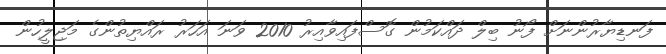
ފަނޑިޔާރުންނަށް ފޯނު ބިލް ދައްކަމުން ގޮސްފައިވާއިރު 2010 ވަނަ އަހަރު ރައްޔިތުންގެ މަޖިލީހުން